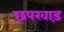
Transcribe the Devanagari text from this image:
छपरवाड़